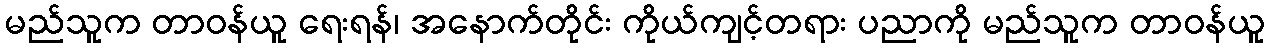
မည်သူက တာဝန်ယူ ရေးရန်၊ အနောက်တိုင်း ကိုယ်ကျင့်တရား ပညာကို မည်သူက တာဝန်ယူ